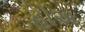
હોઅ